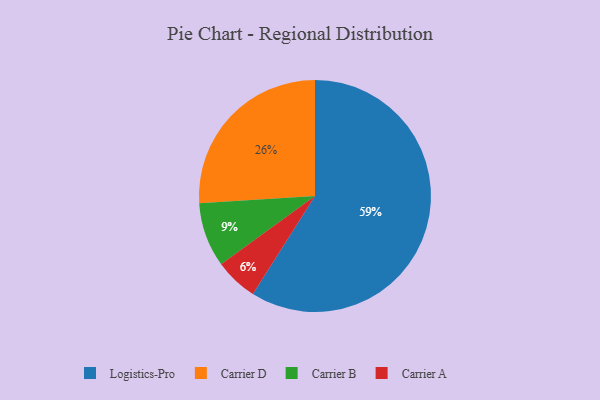
{"axis": {"x": "Category", "y": "Percentage"}, "legend": ["Carrier A", "Carrier B", "Carrier D", "Logistics-Pro"], "data": [{"x": "Carrier B", "y": 9, "type": "Carrier B"}, {"x": "Logistics-Pro", "y": 59, "type": "Logistics-Pro"}, {"x": "Carrier A", "y": 6, "type": "Carrier A"}, {"x": "Carrier D", "y": 26, "type": "Carrier D"}]}